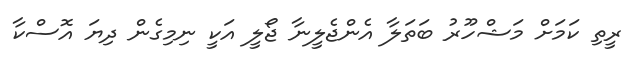
ރީތި ކަމަށް މަޝްހޫރު ބަތަލާ އެންޖެލީނާ ޖޯލީ އަކީ ނިމިގެން ދިޔަ އޮސްކާ